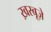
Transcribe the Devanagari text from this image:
ख़रबूज़े